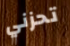
تحزني